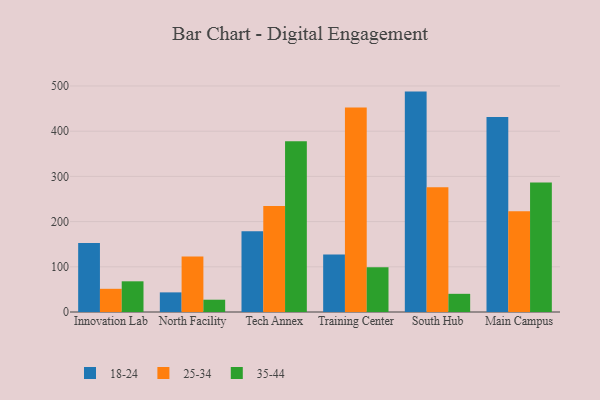
{"axis": {"x": "Campus", "y": "Conversion Rate (%)"}, "legend": ["18-24", "25-34", "35-44"], "data": [{"x": "Innovation Lab", "y": 152.5, "type": "18-24"}, {"x": "Innovation Lab", "y": 51.3, "type": "25-34"}, {"x": "Innovation Lab", "y": 67.9, "type": "35-44"}, {"x": "North Facility", "y": 43.4, "type": "18-24"}, {"x": "North Facility", "y": 123.0, "type": "25-34"}, {"x": "North Facility", "y": 27.2, "type": "35-44"}, {"x": "Tech Annex", "y": 178.6, "type": "18-24"}, {"x": "Tech Annex", "y": 234.7, "type": "25-34"}, {"x": "Tech Annex", "y": 377.6, "type": "35-44"}, {"x": "Training Center", "y": 127.2, "type": "18-24"}, {"x": "Training Center", "y": 452.5, "type": "25-34"}, {"x": "Training Center", "y": 98.9, "type": "35-44"}, {"x": "South Hub", "y": 487.6, "type": "18-24"}, {"x": "South Hub", "y": 276.1, "type": "25-34"}, {"x": "South Hub", "y": 40.2, "type": "35-44"}, {"x": "Main Campus", "y": 431.4, "type": "18-24"}, {"x": "Main Campus", "y": 223.0, "type": "25-34"}, {"x": "Main Campus", "y": 286.7, "type": "35-44"}]}